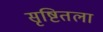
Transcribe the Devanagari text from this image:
सृष्टितला